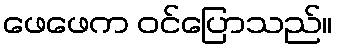
ဖေဖေက ဝင်ပြောသည်။